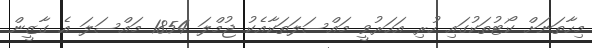
މިހާތަނަށް ކޯޓުތަކުގައި ހުރި އަހަރުވީ މައްސަލަތަކާއެކު ޖުމްލަ 1854 މައްސަލަ އެ ގާޒީން